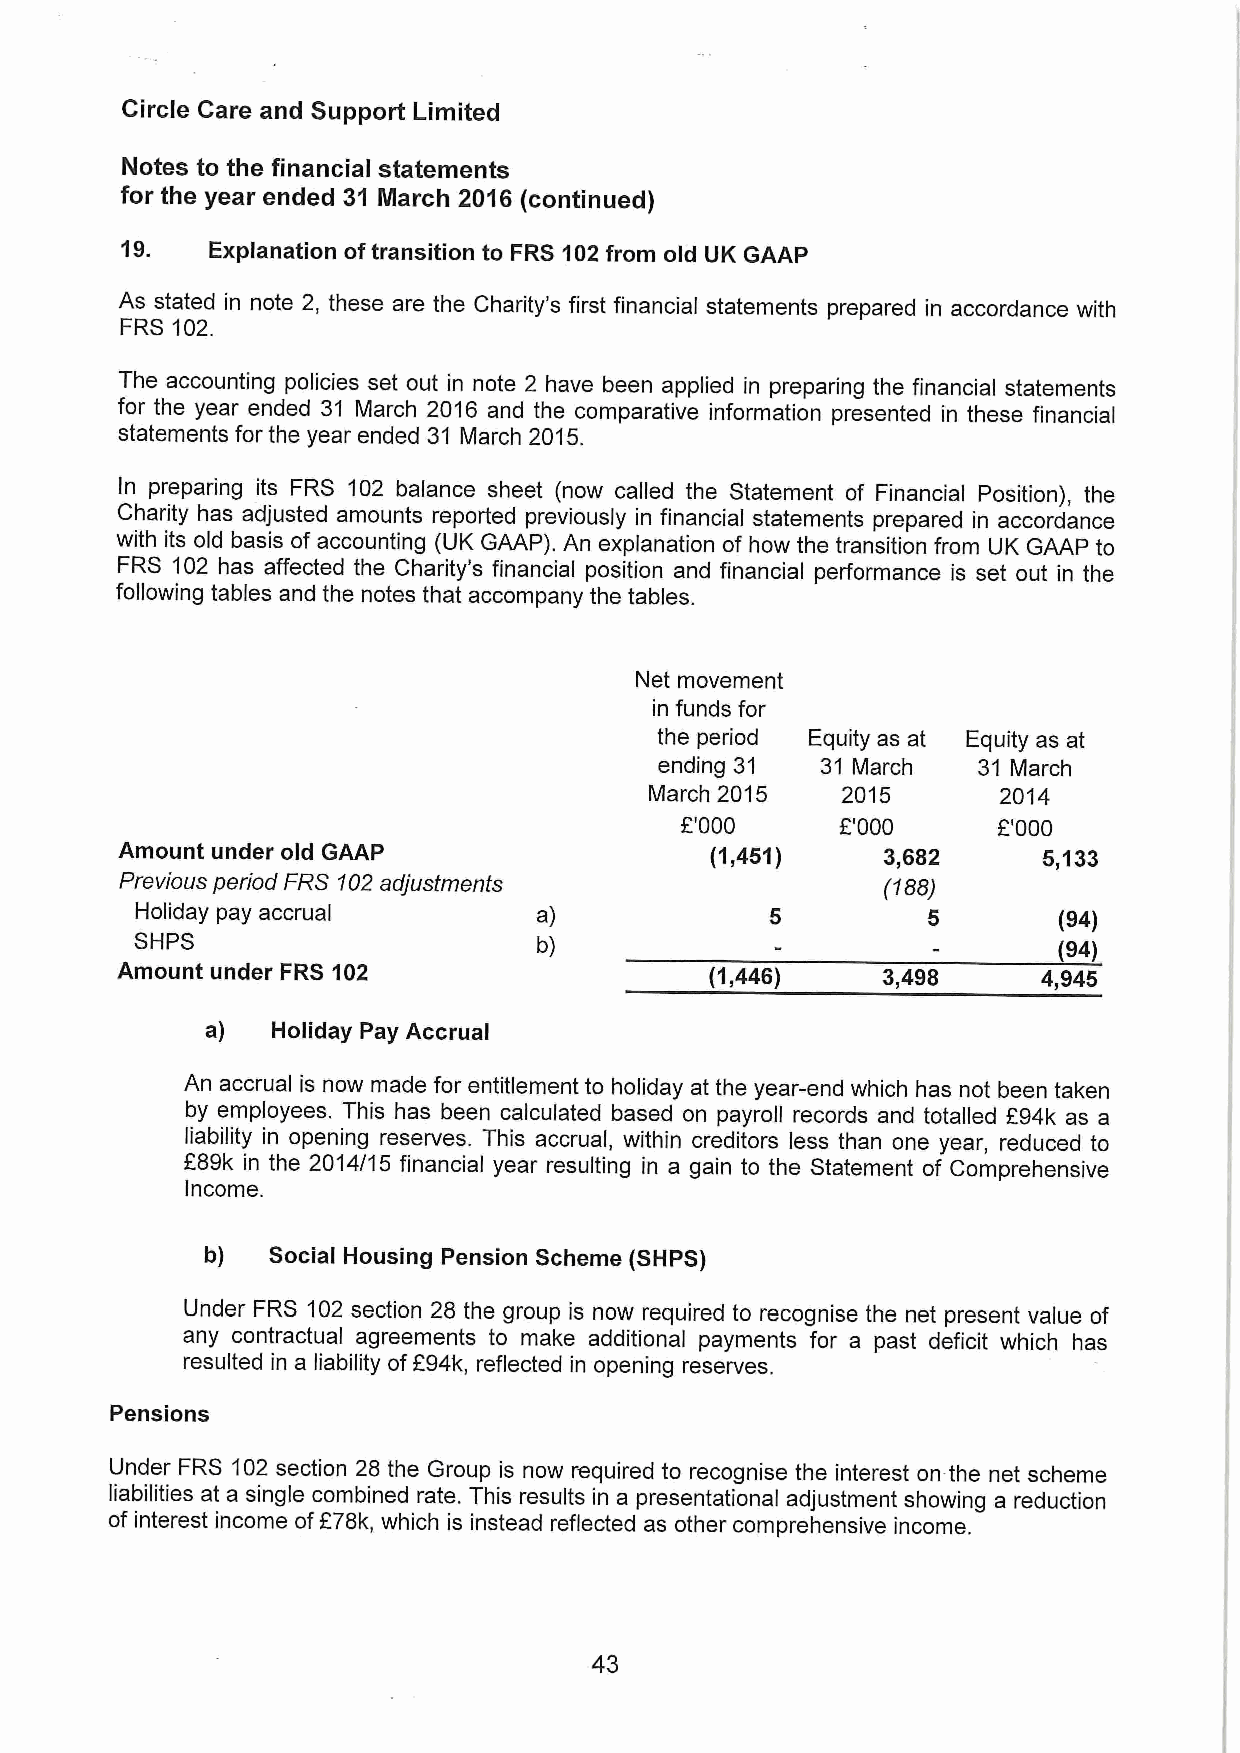
Circle Care and Support Limited
 Notes to the financial statements
 for the year ended 31 March 2016 (continued)
 19.   Explanation oftransition to FRS 102from old UK GAAP
 As stated in note 2, these are the Charity's first financial statements prepared in accordance with
 FRS 102.
 The accounting policies set out in note 2 have been applied in preparing the financial statements
 for the year ended 31 March 2016 and the comparative information presented in these financial
 statements for the year ended 31 March 2015.
 In preparing its FRS 102 balance sheet (now called the Statement of Financial Position), the
 Charity has adjusted amounts reported previously in financial statements prepared in accordance
 with its old basis of accounting (UK GAAP). An explanation of how the transition from UK GAAP to
 FRS 102 has affected the Charity's financial position and financial performance is set out in the
 following tables and the notes that accompany the tables.
 Net movement
 in funds for
 the period Equity as at Equity as at
 ending 31 31 March   31 March
 March 2015   2015      2014
 E'000      F'000     E'000
 Amount under old GAAP                  (1,451)    3,682      5,133
 Previous period FRS 102adjusfmenfs                 I'188)
 Holiday pay accrual        a)                       5        (94)
 SHPS
 b)                                (94)
 Amount under FRS 102                   (1,446)    3,498      4,945
 a)  Holiday Pay Accrual
 An accrual is now made for entitlement to holiday at the year-end which has not been taken
 by employees. This has been calculated based on payroll records and totalled 294k as a
 liability in opening reserves. This accrual, within creditors less than one year, reduced to
 289k in the 2014/15 financial year resulting in a gain to the Statement of Comprehensive
 Income.
 b)  Social Housing Pension Scheme (SHPS)
 Under FRS 102 section 28 the group is now required to recognise the net present value of
 any contractual agreements to make additional payments for a past deficit which has
 resulted in a liability of294k, reflected in opening reserves.
 Pensions
 Under FRS 102 section 28 the Group is now required to recognise the interest on the net scheme
 liabilities at a single combined rate. This results in a presentational adjustment showing a reduction
 of interest income of278k, which is instead reflected as other comprehensive income.
 43